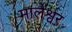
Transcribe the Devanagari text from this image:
मालेश्वर